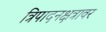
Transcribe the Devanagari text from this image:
त्रिपादनक्षत्रावर